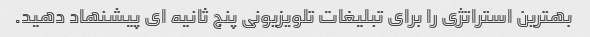
بهترین استراتژی را برای تبلیغات تلویزیونی پنج ثانیه ای پیشنهاد دهید.